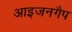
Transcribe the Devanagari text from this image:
आइजनगैप